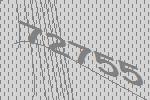
72755